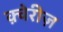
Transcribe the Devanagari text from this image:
क़्वेरीज़